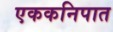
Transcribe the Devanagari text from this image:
एककनिपात